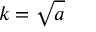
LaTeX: k = { \sqrt { a } }